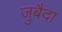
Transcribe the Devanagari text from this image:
जुबैदा